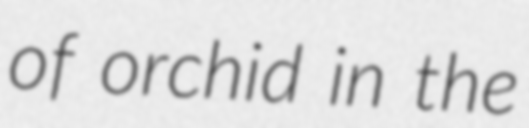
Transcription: of orchid in the